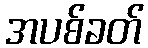
အပစ်ခတ်